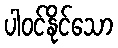
ပါဝင်နိုင်သော